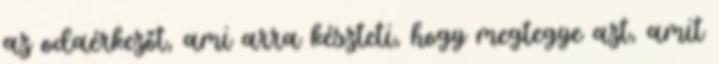
az odaérkezőt, ami arra készteti, hogy megtegye azt, amit